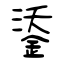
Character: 鋈